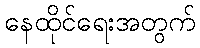
နေထိုင်ရေးအတွက်